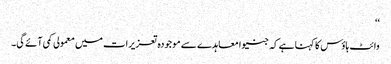
‘‘
وائٹ ہاؤس کا کہنا ہے کہ جنیوا معاہدے سے موجودہ تعزیرات میں معمولی کمی آئے گی۔